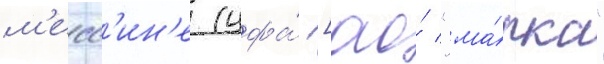
м'есс'ин'е (цфа́ [ао́ "ма́рка"